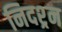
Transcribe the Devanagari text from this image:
निदश्र्न